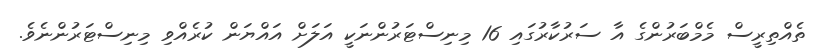
ތެއްތިރީސް މެމްބަރުންގެ އާ ސަރުކާރުގައި 16 މިނިސްޓަރުންނަކީ އަލަށް އައްޔަން ކުރެއްވި މިނިސްޓަރުންނެވެ.